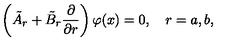
\left( \tilde { A } _ { r } + \tilde { B } _ { r } \frac { \partial } { \partial r } \right) \varphi ( x ) = 0 , \quad r = a , b ,